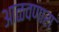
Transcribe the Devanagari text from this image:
आळवणारा